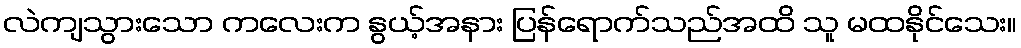
လဲကျသွားသော ကလေးက နွယ့်အနား ပြန်ရောက်သည်အထိ သူ မထနိုင်သေး။